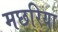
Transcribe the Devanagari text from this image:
मछरिया